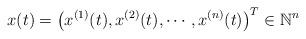
LaTeX: \begin{align*} x(t) = \big(x^{(1)}(t), x^{(2)}(t), \cdots, x^{(n)}(t)\big)^T \in \mathbb{N}^n\,\end{align*}